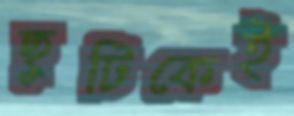
ছুটিকেই